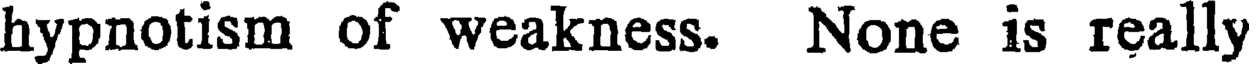
hypnotism of weakness. None is really